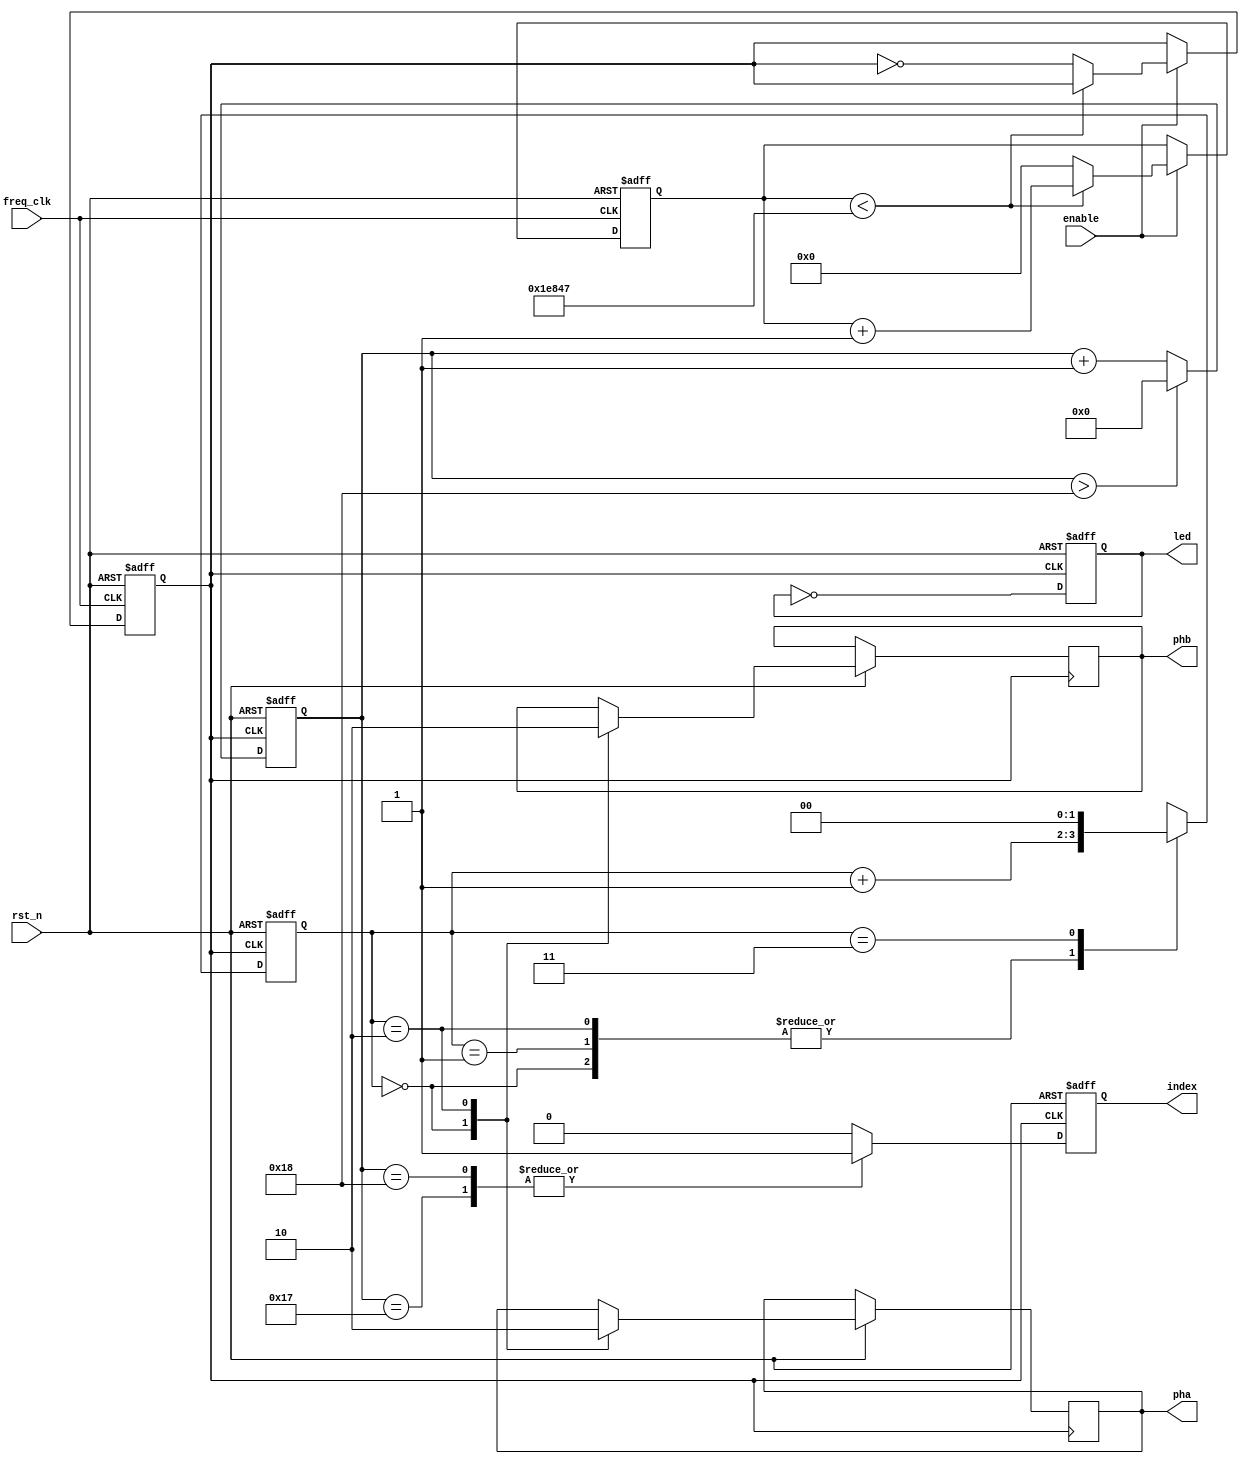
module qdec(rst_n, freq_clk, enable, pha, phb,index, led);
input rst_n;
input freq_clk;
input enable;
output pha;
output phb;
output index;
output led;
reg pha_reg;
reg phb_reg;
reg index_reg;
reg[7:0] pha_count;
reg led;
reg [31:0] count_reg;
reg out_200hz;
always @(posedge freq_clk or negedge rst_n) begin
    if (!rst_n) begin
        count_reg <= 0;
        out_200hz <= 0;
        count_reg <= 0;
        out_200hz <= 0;
    end 
	 else if (enable) 
	 begin
        if (count_reg < 124999) begin
            count_reg <= count_reg + 1;
        end else begin
            count_reg <= 0;
            out_200hz <= ~out_200hz;
        end
    end
end
always @ (posedge out_200hz or negedge rst_n)
begin
	if (!rst_n)
	begin
		pha_count <= 8'd0;
		led <= 1'b0; 
	end
	else if (out_200hz)
	begin
	   led <= ~led; 
		if(pha_count>8'd24)
			pha_count <= 8'd0;
		else
			pha_count <= pha_count + 8'd1;
	end
end
reg[1:0] Phase90_Count;
always @ (posedge out_200hz or negedge rst_n)
begin
	if (!rst_n)
	begin
		Phase90_Count <= 2'b0;
	end
	else if (out_200hz)
	begin
		case (Phase90_Count)
			2'd0:	
			begin
                pha_reg <=  1'd1;
                phb_reg <=  1'd1;
                Phase90_Count <= Phase90_Count + 2'd1;
			end
			2'd1: 
			begin
                Phase90_Count <= Phase90_Count + 2'd1;
			end		 
			2'd2:	
			begin
                pha_reg <=  1'd0;
                phb_reg <=  1'd0;
                Phase90_Count <= Phase90_Count + 2'd1;
			end
			2'd3: 
			begin
                Phase90_Count <= 2'd0;
			end
		endcase
	end
end
assign pha = pha_reg;
assign phb = phb_reg;
always @ (posedge out_200hz or negedge rst_n)
begin
	if (!rst_n)
	begin
		index_reg <= 1'b0;
	end
	else if (out_200hz)
	begin
		case (pha_count)
			8'd23:	index_reg <=  1'd1;
			8'd24:	index_reg <=  1'd1;
			default: index_reg <=  1'd0;
		endcase
	end
end
assign index = index_reg;
endmodule